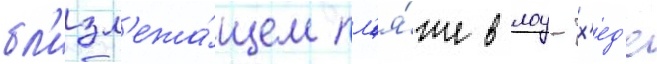
бл'изл'ежа́щем пл'я́же в лоу-х'ед'е